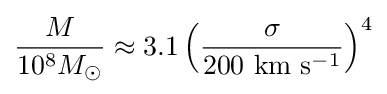
{\frac {M}{10^{8}M_{\odot }}}\approx 3.1\left({\frac {\sigma }{200~{\rm {km}}~{\rm {s}}^{-1}}}\right)^{4}